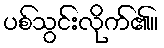
ပစ်သွင်းလိုက်၏။